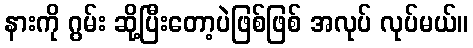
နားကို ဂွမ်း ဆို့ပြီးတော့ပဲဖြစ်ဖြစ် အလုပ် လုပ်မယ်။